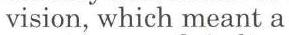
vision, which meant a